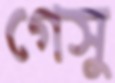
গেসু